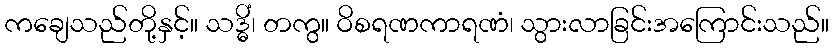
ကချေသည်တို့နှင့်။ သဒ္ဓိံ၊ တကွ။ ဝိစရဏကာရဏံ၊ သွားလာခြင်းအကြောင်းသည်။